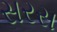
સરસ